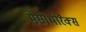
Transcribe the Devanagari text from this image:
मेसोथोरैक्स